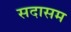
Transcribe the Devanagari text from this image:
सदासम